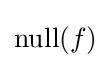
{\textstyle \operatorname {null} (f)}